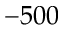
- 5 0 0